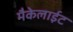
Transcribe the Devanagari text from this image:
मैकेलाईट